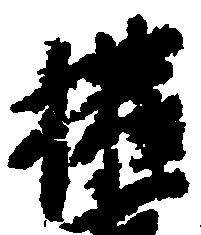
権